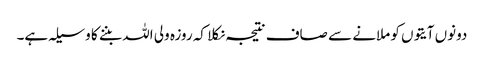
دونوں آیتوں کو ملانے سے صاف نتیجہ نکلا کہ روزہ ولی اللہ بننے کا وسیلہ ہے۔